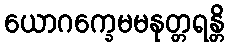
ယောဂက္ခေမမနုတ္တရန္တိ